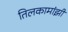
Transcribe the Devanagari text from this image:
तिलकामांझी